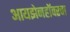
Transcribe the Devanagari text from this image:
आयझेनहॉवरचा